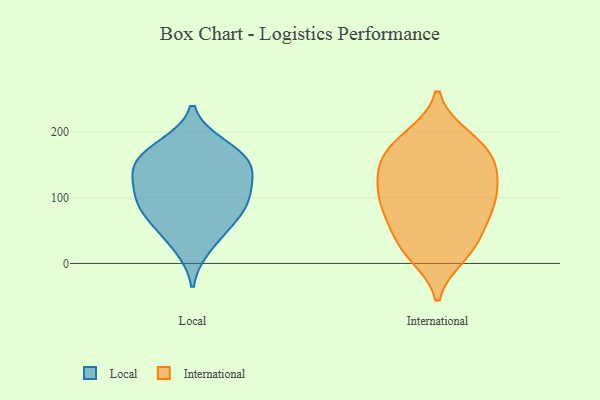
{"axis": {"x": "Tickets Resolved", "y": "Value"}, "legend": ["International", "Local"], "data": [{"x": "", "y": 88, "type": "Local"}, {"x": "", "y": 88, "type": "Local"}, {"x": "", "y": 53, "type": "Local"}, {"x": "", "y": 144, "type": "Local"}, {"x": "", "y": 179, "type": "Local"}, {"x": "", "y": 148, "type": "Local"}, {"x": "", "y": 106, "type": "Local"}, {"x": "", "y": 108, "type": "Local"}, {"x": "", "y": 159, "type": "Local"}, {"x": "", "y": 25, "type": "Local"}, {"x": "", "y": 68, "type": "Local"}, {"x": "", "y": 171, "type": "Local"}, {"x": "", "y": 134, "type": "Local"}, {"x": "", "y": 103, "type": "International"}, {"x": "", "y": 31, "type": "International"}, {"x": "", "y": 164, "type": "International"}, {"x": "", "y": 149, "type": "International"}, {"x": "", "y": 70, "type": "International"}, {"x": "", "y": 186, "type": "International"}, {"x": "", "y": 64, "type": "International"}, {"x": "", "y": 155, "type": "International"}, {"x": "", "y": 30, "type": "International"}, {"x": "", "y": 98, "type": "International"}, {"x": "", "y": 12, "type": "International"}, {"x": "", "y": 101, "type": "International"}, {"x": "", "y": 150, "type": "International"}, {"x": "", "y": 67, "type": "International"}, {"x": "", "y": 101, "type": "International"}, {"x": "", "y": 13, "type": "International"}, {"x": "", "y": 188, "type": "International"}, {"x": "", "y": 119, "type": "International"}, {"x": "", "y": 193, "type": "International"}, {"x": "", "y": 141, "type": "International"}]}